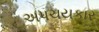
અપચયકાર